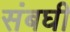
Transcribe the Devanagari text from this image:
संबघी